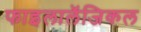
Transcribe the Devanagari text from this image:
फाइलालॅजिकल